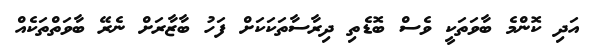
އަދި ކޮންމެ ބާވަތަކީ ވެސް ބޮޑެތި ދިރާސާތަކަކަށް ފަހު ބާޒާރަށް ނެރޭ ބާވަތްތަކެއް